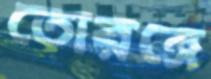
তোরঙ্গে